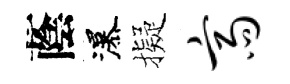
蔭瀑擬斋